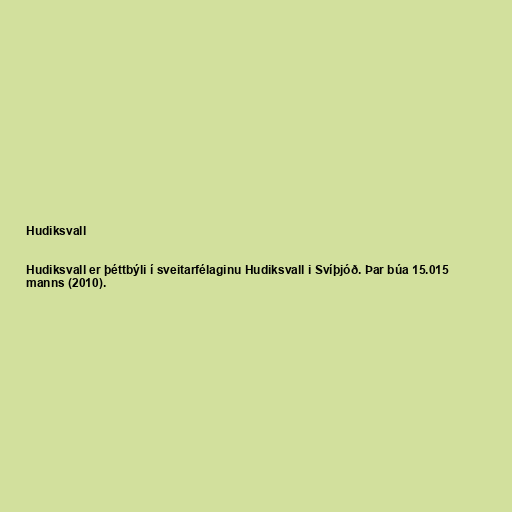
Hudiksvall

Hudiksvall er þéttbýli í sveitarfélaginu Hudiksvall i Svíþjóð. Þar búa 15.015
manns (2010).